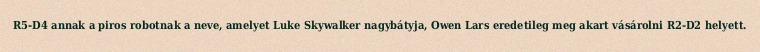
R5-D4 annak a piros robotnak a neve, amelyet Luke Skywalker nagybátyja, Owen Lars eredetileg meg akart vásárolni R2-D2 helyett.